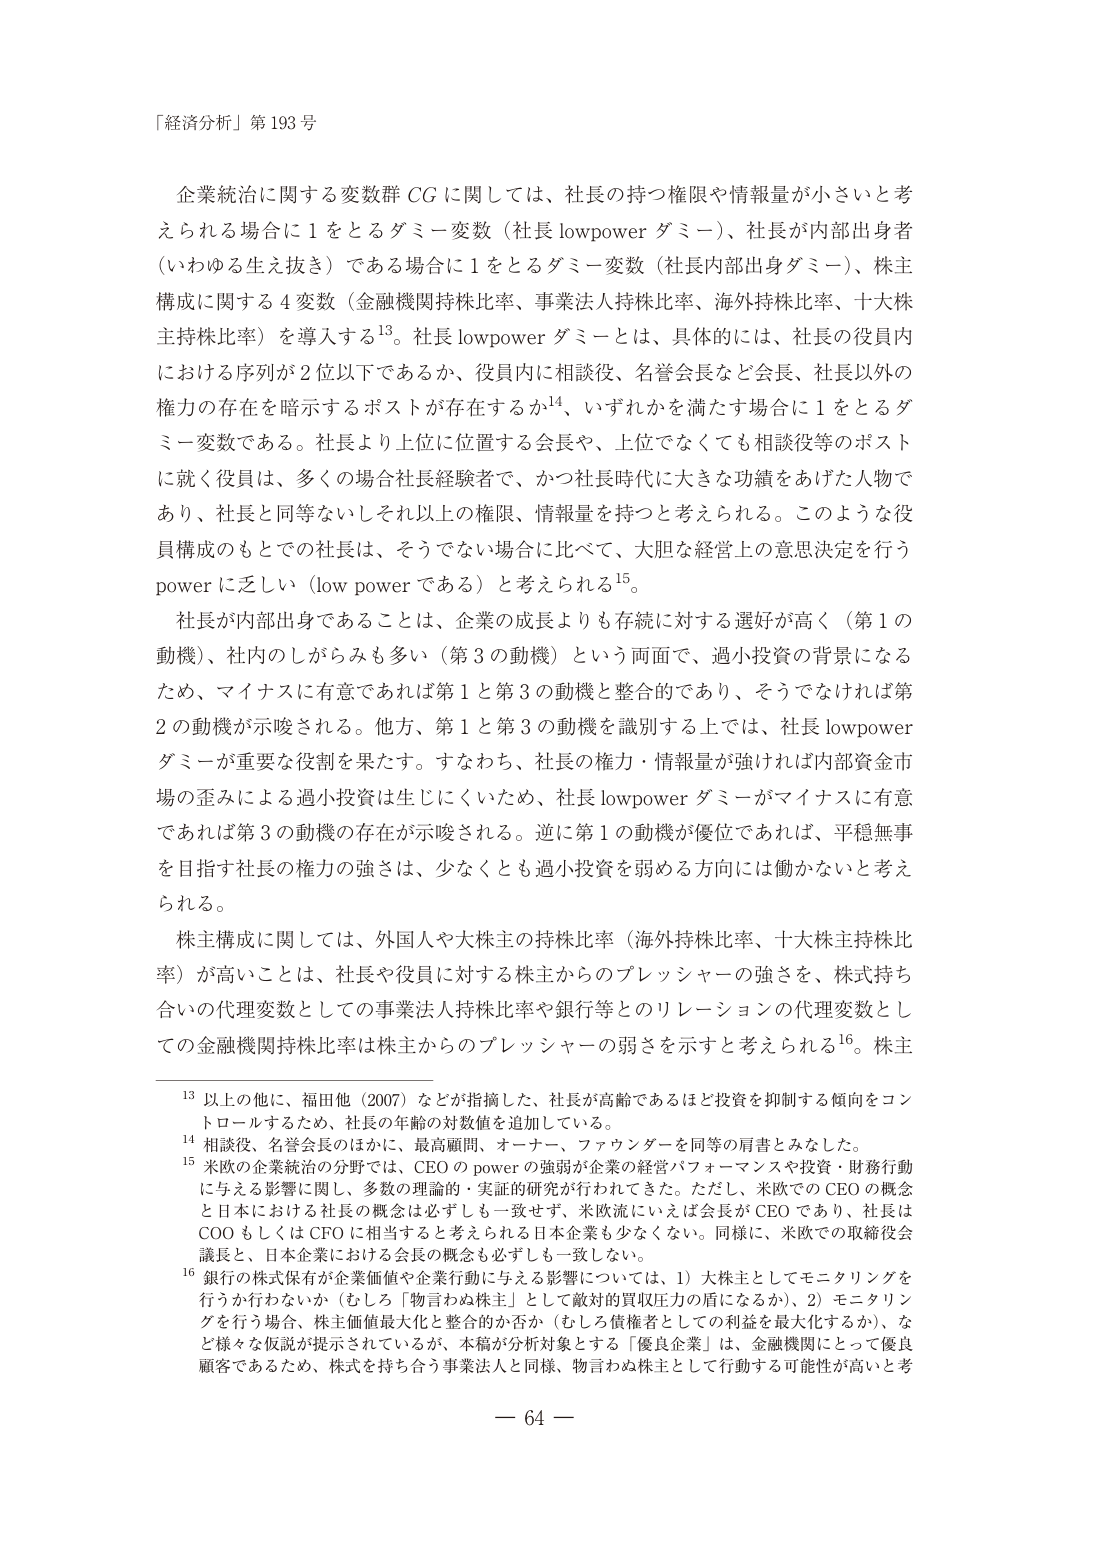
「経済分析」第193号

企業統治に関する変数群 CG に関しては、社長の持つ権限や情報量が小さいと考えられる場合に1をとるダミー変数（社長 lowpower ダミー）、社長が内部出身者（いわゆる生え抜き）である場合に1をとるダミー変数（社長内部出身ダミー）、株主構成に関する4変数（金融機関持株比率、事業法人持株比率、海外持株比率、十大株主持株比率）を導入する13。社長 lowpower ダミーとは、具体的には、社長の役員内における序列が2位以下であるか、役員内に相談役、名誉会長など会長、社長以外の権力の存在を暗示するポストが存在するか14、いずれかを満たす場合に1をとるダミー変数である。社長より上位に位置する会長や、上位でなくても相談役等のポストに就く役員は、多くの場合社長経験者で、かつ社長時代に大きな功績をあげた人物であり、社長と同等ないしそれ以上の権限、情報量を持つと考えられる。このような役員構成のもとでの社長は、そうでない場合に比べて、大胆な経営上の意思決定を行うpowerに乏しい（low power である）と考えられる15。

社長が内部出身であることは、企業の成長よりも存続に対する選好が高く（第1の動機）、社内のしがらみも多い（第3の動機）という両面で、過小投資の背景になるため、マイナスに有意であれば第1と第3の動機と整合的であり、そうでなければ第2の動機が示唆される。他方、第1と第3の動機を識別する上では、社長 lowpower ダミーが重要な役割を果たす。すなわち、社長の権力・情報量が強ければ内部資金市場の歪みによる過小投資は生じにくいため、社長 lowpower ダミーがマイナスに有意であれば第3の動機の存在が示唆される。逆に第1の動機が優位であれば、平穏無事を目指す社長の権力の強さは、少なくとも過小投資を弱める方向には働かないと考えられる。

株主構成に関しては、外国人や大株主の持株比率（海外持株比率、十大株主持株比率）が高いことは、社長や役員に対する株主からのプレッシャーの強さを、株式持ち合いの代理変数としての事業法人持株比率や銀行等とのリレーションの代理変数としての金融機関持株比率は株主からのプレッシャーの弱さを示すと考えられる16。株主

13 以上の他に、福田他（2007）などが指摘した、社長が高齢であるほど投資を抑制する傾向をコントロールするため、社長の年齢の対数値を追加している。

14 相談役、名誉会長のほかに、最高顧問、オーナー、ファウンダーを同等の肩書とみなした。

15 米欧の企業統治の分野では、CEO の power の強弱が企業の経営パフォーマンスや投資・財務行動に与える影響に関し、多数の理論的・実証的研究が行われてきた。ただし、米欧での CEO の概念と日本における社長の概念は必ずしも一致せず、米欧流にいえば会長が CEO であり、社長はCOO もしくは CFO に相当すると考えられる日本企業も少なくない。同様に、米欧での取締役会議長と、日本企業における会長の概念も必ずしも一致しない。

16 銀行の株式保有が企業価値や企業行動に与える影響については、1）大株主としてモニタリングを行うか行わないか（むしろ「物言わぬ株主」として敵対的買収圧力の盾になるか）、2）モニタリングを行う場合、株主価値最大化と整合的か否か（むしろ債権者としての利益を最大化するか）、など様々な仮説が提示されているが、本稿が分析対象とする「優良企業」は、金融機関にとって優良顧客であるため、株式を持ち合う事業法人と同様、物言わぬ株主として行動する可能性が高いと考えられる。

－ 64 －